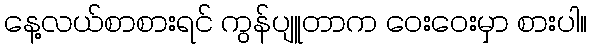
နေ့လယ်စာစားရင် ကွန်ပျူတာက ဝေးဝေးမှာ စားပါ။